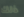
ذلك